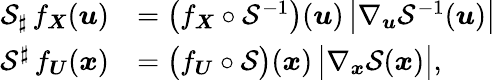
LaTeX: \begin{array}{rl}{\mathcal{S}_{\sharp}\, f_{\boldsymbol X}({\boldsymbol u})}&{=\big(f_{\boldsymbol X}\circ\mathcal{S}^{-1}\big)({\boldsymbol u})\, \big|\nabla_{{\boldsymbol u}}\mathcal{S}^{-1}({\boldsymbol u})\big|}\\ {\mathcal{S}^{\sharp}\, f_{\boldsymbol U}({\boldsymbol x})}&{=\big(f_{\boldsymbol U}\circ\mathcal{S}\big)({\boldsymbol x})\, \big|\nabla_{{\boldsymbol x}}\mathcal{S}({\boldsymbol x})\big|,}\end{array}